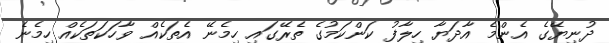
ދުނިޔޭގެ އެންމެ އާދަޔާ ހިލާފު ކަންކަމުގެ ތެރޭގައި ހިމެނޭ އެތަކެއް ވާހަކަތަކެއް ހިމެނެ